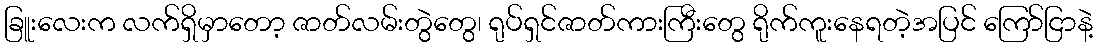
ခြူးလေးက လက်ရှိမှာတော့ ဇာတ်လမ်းတွဲတွေ၊ ရုပ်ရှင်ဇာတ်ကားကြီးတွေ ရိုက်ကူးနေရတဲ့အပြင် ကြော်ငြာနဲ့